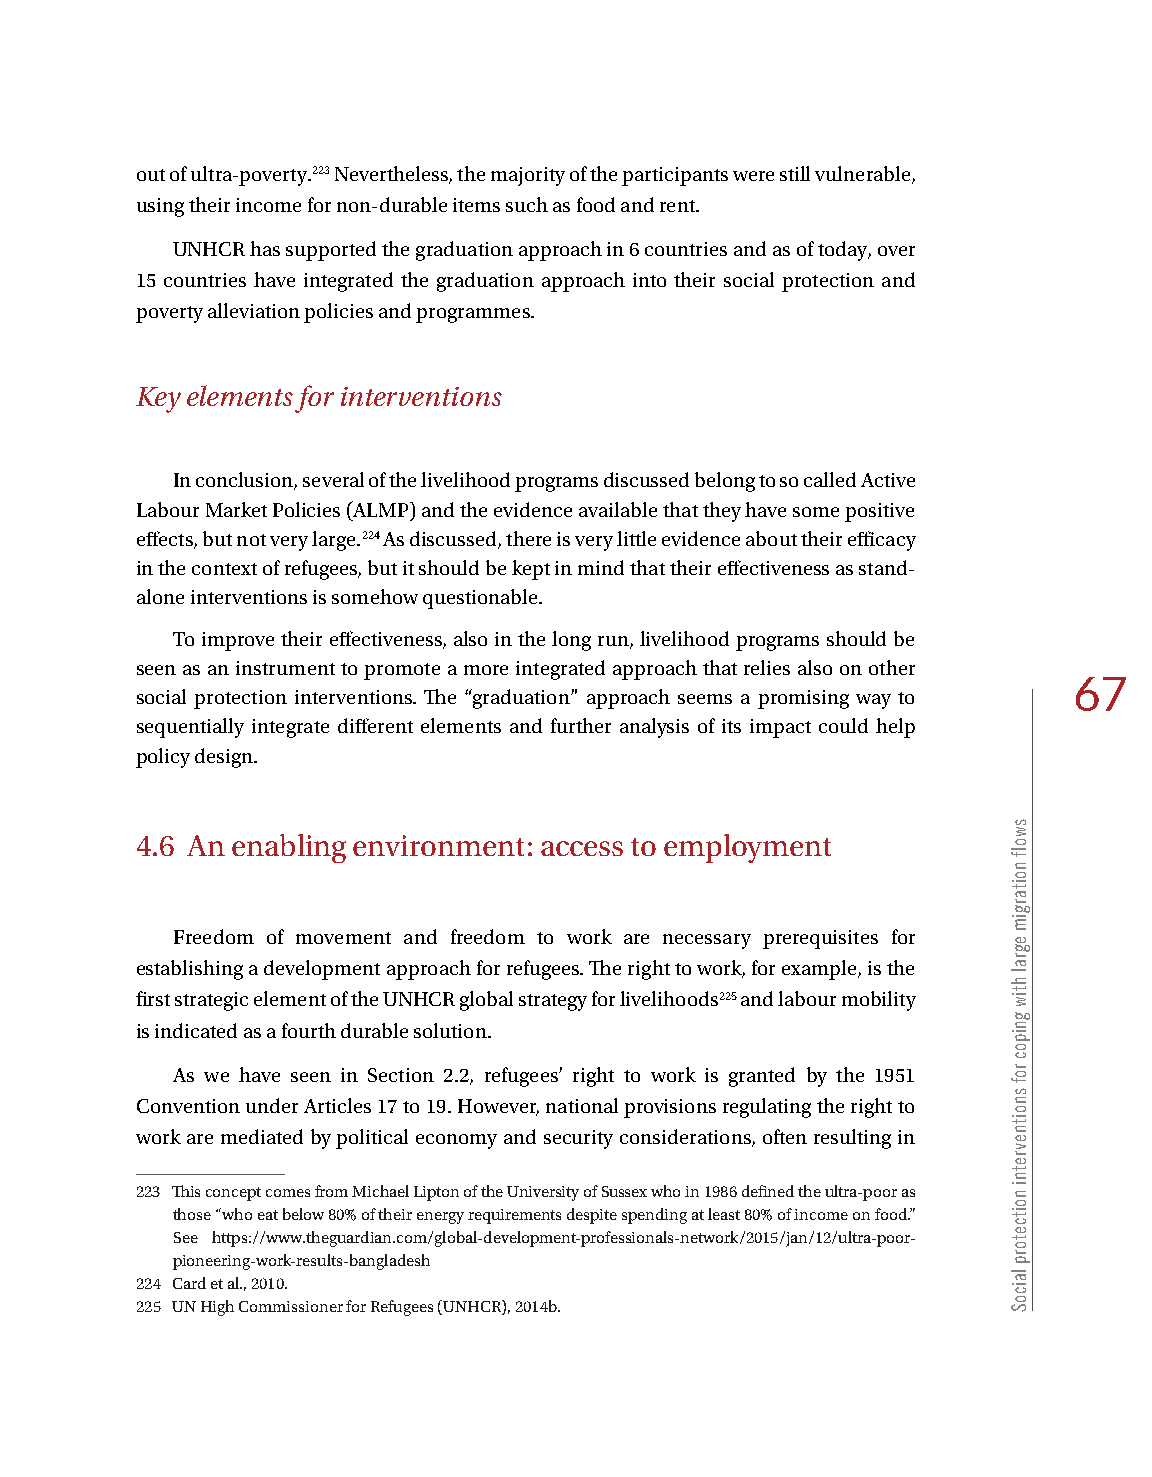
out of ultra-poverty.223 Nevertheless, the majority of the participants were still vulnerable,
 using their income for non-durable items such as food and rent.
 UNHCR has supported the graduation approach in 6 countries and as of today, over
 15 countries have integrated the graduation approach into their social protection and
 poverty alleviation policies and programmes.
 Key elements for interventions
 In conclusion, several of the livelihood programs discussed belong to so called Active
 Labour Market Policies (ALMP) and the evidence available that they have some positive
 effects, but not very large.224 As discussed, there is very little evidence about their efficacy
 in the context of refugees, but it should be kept in mind that their effectiveness as stand-
 alone interventions is somehow questionable.
 To improve their effectiveness, also in the long run, livelihood programs should be
 seen as an instrument to promote a more integrated approach that relies also on other
 67
 social protection interventions. The “graduation” approach seems a promising way to
 sequentially integrate different elements and further analysis of its impact could help
 policy design.
 4.6 An enabling environment: access to employment
 Freedom of movement and freedom to work are necessary prerequisites for
 establishing a development approach for refugees. The right to work, for example, is the
 first strategic element of the UNHCR global strategy for livelihoods225 and labour mobility
 is indicated as a fourth durable solution.
 As we have seen in Section 2.2, refugees’ right to work is granted by the 1951
 Convention under Articles 17 to 19. However, national provisions regulating the right to
 work are mediated by political economy and security considerations, often resulting in
 223 This concept comes from Michael Lipton of the University of Sussex who in 1986 defined the ultra-poor as
 those “who eat below 80% of their energy requirements despite spending at least 80% of income on food.”
 See https://www.theguardian.com/global-development-professionals-network/2015/jan/12/ultra-poor-
 pioneering-work-results-bangladesh
 224 Card et al., 2010.
 225 UN High Commissioner for Refugees (UNHCR), 2014b.
 swolf
 noitargim
 egral
 htiw
 gnipoc
 rof
 snoitnevretni
 noitcetorp
 laicoS